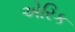
એરિક